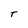
Character: T